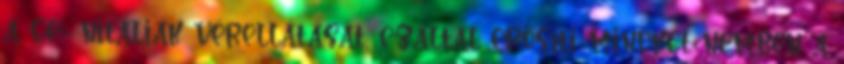
a ge- nitáliák vérellátását, ezáltal erősíti mindkét nemben a